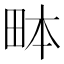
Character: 𤱙